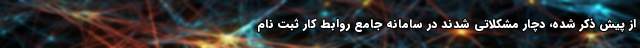
از پیش ذکر شده، دچار مشکلاتی شدند در سامانه جامع روابط کار ثبت نام